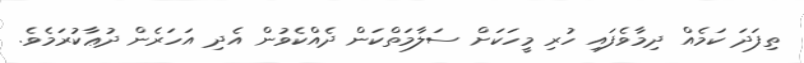
ތިފަދަ ކަމެއް ދިމާވެފައި ހުރި މީހަކަށް ސަލާމަތްކަން ދެއްކެވުން އެދި އަހަރެން ދުޢާކުރަމެވެ.